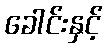
ခေါင်းနှင့်